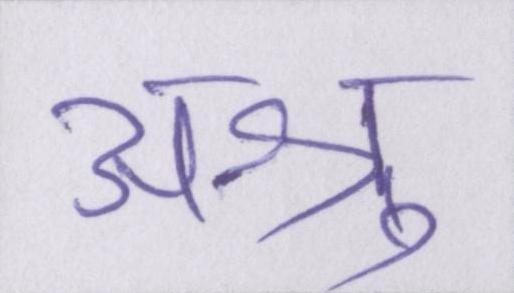
अश्रु